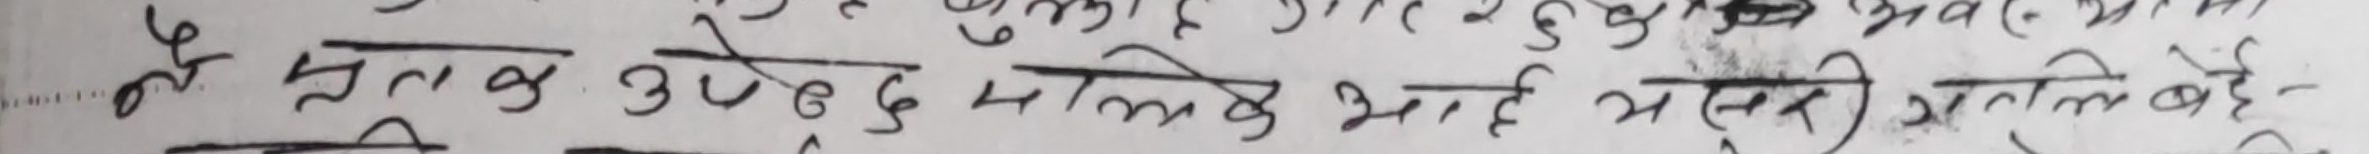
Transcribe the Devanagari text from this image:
मैले मतलब उधेड्छ म ल्जिये भर है यसरी प्रतिलिपि है-